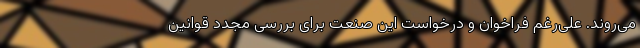
می‌ر‌وند. علی‌رغم فراخوان و درخواست این صنعت برای بررسی مجدد قوانین